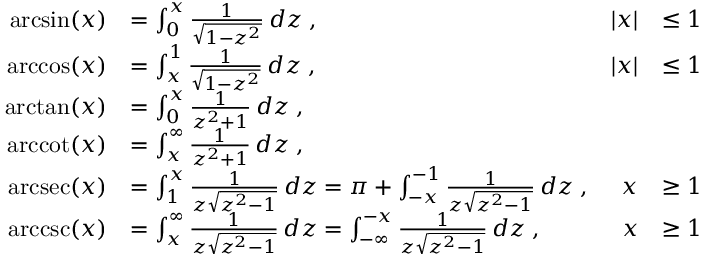
{ \begin{array} { r l r l } { \arcsin ( x ) } & { = \int _ { 0 } ^ { x } { \frac { 1 } { \sqrt { 1 - z ^ { 2 } } } } \, d z \; , } & { | x | } & { \leq 1 } \\ { \operatorname { a r c c o s } ( x ) } & { = \int _ { x } ^ { 1 } { \frac { 1 } { \sqrt { 1 - z ^ { 2 } } } } \, d z \; , } & { | x | } & { \leq 1 } \\ { \arctan ( x ) } & { = \int _ { 0 } ^ { x } { \frac { 1 } { z ^ { 2 } + 1 } } \, d z \; , } \\ { \operatorname { a r c c o t } ( x ) } & { = \int _ { x } ^ { \infty } { \frac { 1 } { z ^ { 2 } + 1 } } \, d z \; , } \\ { \operatorname { a r c s e c } ( x ) } & { = \int _ { 1 } ^ { x } { \frac { 1 } { z { \sqrt { z ^ { 2 } - 1 } } } } \, d z = \pi + \int _ { - x } ^ { - 1 } { \frac { 1 } { z { \sqrt { z ^ { 2 } - 1 } } } } \, d z \; , } & { x } & { \geq 1 } \\ { \operatorname { a r c c s c } ( x ) } & { = \int _ { x } ^ { \infty } { \frac { 1 } { z { \sqrt { z ^ { 2 } - 1 } } } } \, d z = \int _ { - \infty } ^ { - x } { \frac { 1 } { z { \sqrt { z ^ { 2 } - 1 } } } } \, d z \; , } & { x } & { \geq 1 } \end{array} }